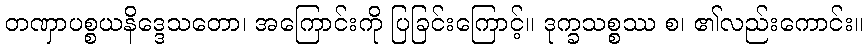
တဏှာပစ္စယနိဒ္ဒေသတော၊ အကြောင်းကို ပြခြင်းကြောင့်။ ဒုက္ခသစ္စဿ စ၊ ၏လည်းကောင်း။